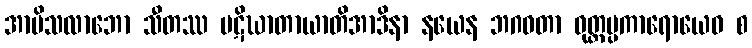
အာမိသလာဘော သီတဿ ပဋိဃာတာယာတိအာဒိနာ နယေန ဘဂဝတာ ဝုတ္တပ္ပကာရောယေဝ စ